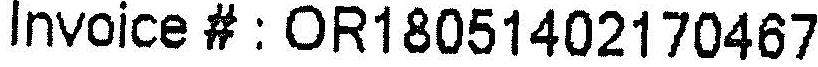
INVOICE # : OR18051402170467